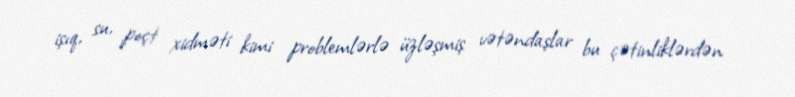
işıq, su, poçt xidməti kimi problemlərlə üzləşmiş vətəndaşlar bu çətinliklərdən